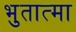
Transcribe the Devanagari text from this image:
भुतात्मा